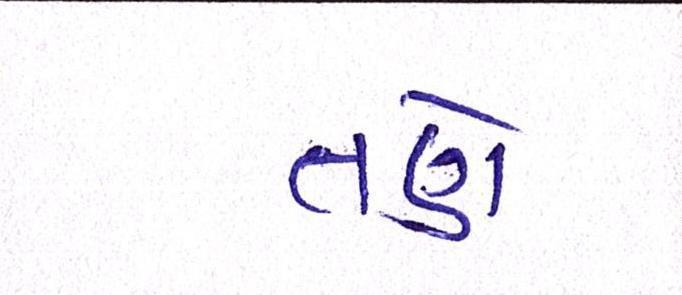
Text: તણે